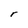
Character: r